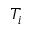
T _ { i }